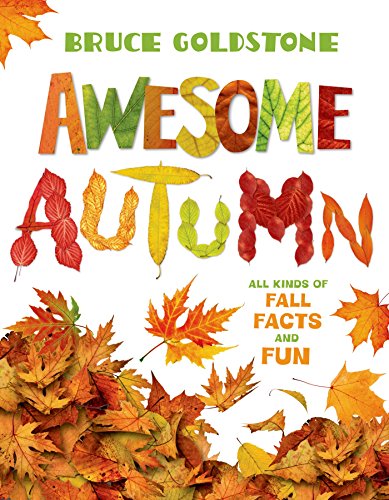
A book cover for Awesome Autumn; Bruce Goldstone; Children's Books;